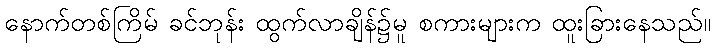
နောက်တစ်ကြိမ် ခင်ဘုန်း ထွက်လာချိန်၌မူ စကားများက ထူးခြားနေသည်။